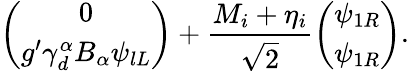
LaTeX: \left(\begin{array}{c}{{0}}\\ {{g^{\prime}\gamma_{d}^{\alpha}B_{\alpha}\psi_{lL}}}\end{array}\right)+\frac{M_{i}+\eta_{i}}{\sqrt{2}}\left(\begin{array}{c}{{\psi_{1R}}}\\ {{\psi_{1R}}}\end{array}\right).